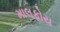
માલફોય